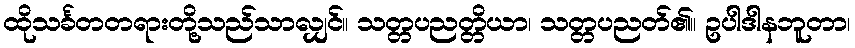
ထိုသင်္ခတတရားတို့သည်သာလျှင်။ သတ္တပညတ္တိယာ၊ သတ္တပညတ်၏။ ဥပါဒါနဘူတာ၊